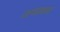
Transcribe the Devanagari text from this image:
जनप्रवास